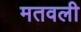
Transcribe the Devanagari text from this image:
मतवली